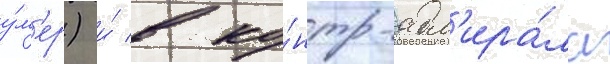
у́м'ер) и́ в ко́нтр-адм'ира́ла